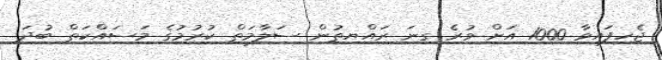
ޖެހިފައިވާ 1000 އަށް ވުރެ ގިނަ ރައްޔިތުން ސަލާމަތް ކުރުމުގެ މަަސައްކަތް ބުދަ